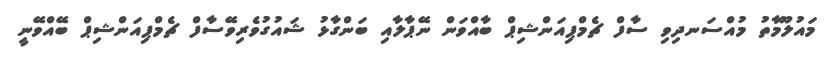
މައުލޫމާތު މުއްސަނދިވި ސާފް ޗެމްޕިއަންޝިޕް ބާއްވަން ނޭޕާލާއި ބަންގާޅު ޝައުގުވެރިވޭސާފް ޗެމްޕިއަންޝިޕް ބޭއްވޭނީ